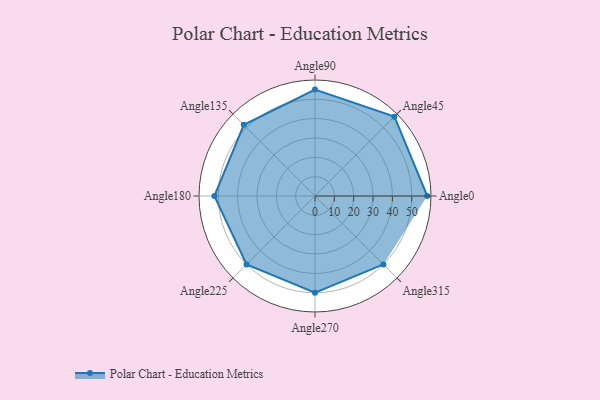
{"axis": {"x": "Angle", "y": "Radius"}, "legend": [""], "data": [{"x": "Angle0", "y": 58.0, "type": ""}, {"x": "Angle45", "y": 58.0, "type": ""}, {"x": "Angle90", "y": 55.0, "type": ""}, {"x": "Angle135", "y": 52.0, "type": ""}, {"x": "Angle180", "y": 52.0, "type": ""}, {"x": "Angle225", "y": 50, "type": ""}, {"x": "Angle270", "y": 50.0, "type": ""}, {"x": "Angle315", "y": 50.0, "type": ""}]}